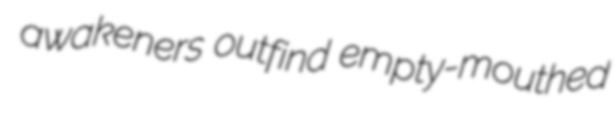
awakeners outfind empty-mouthed